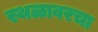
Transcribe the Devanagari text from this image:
स्थळावरचा